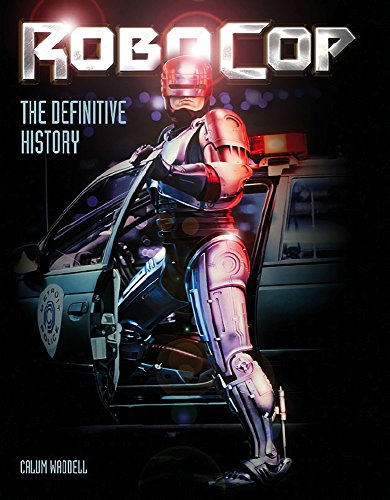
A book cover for RoboCop: The Definitive History; Calum Waddell; Humor & Entertainment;